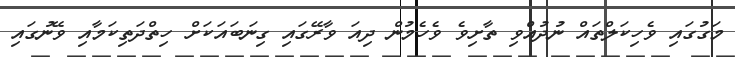
މަގުގައި ވެހިކަލްތައް ނުދުއްވި ތާށިވެ ވެހެމުން ދިއަ ވާރޭގައި ގިނަބައަކަށް ހިތްދަތިކަމާއި ވޭނުގައި